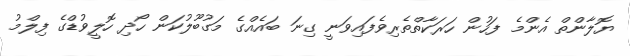
ޔޮލާންތް އެންމެ ފަހުން ހަރަކާތްތެރިވެފައިވަނީ ގިނަ ބައެއްގެ މަގުބޫލުކަން ހޯދި ހޮލީވުޑްގެ ފިލްމު